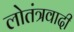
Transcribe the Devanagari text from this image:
लोतंत्रवादी